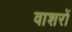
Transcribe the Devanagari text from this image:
वाशरों